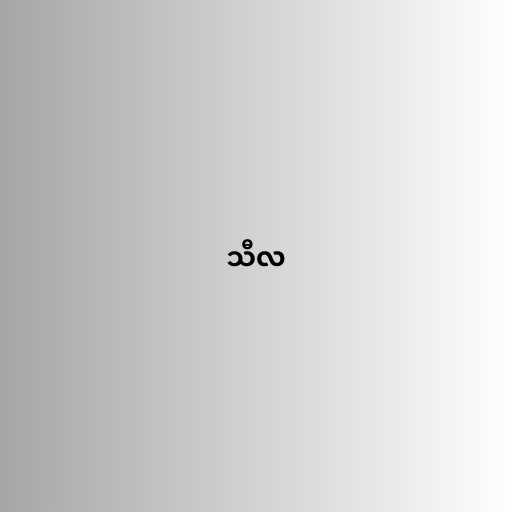
သီလ